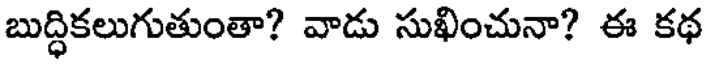
బుద్ధికలుగుతుంతా? వాడు సుఖించునా? ఈ కథ